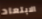
الابتعاد